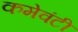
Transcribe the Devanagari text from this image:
कमेवंटी